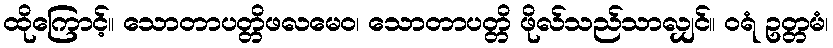
ထိုကြောင့်။ သောတာပတ္တိဖလမေဝ၊ သောတာပတ္တိ ဖိုလ်သည်သာလျှင်။ ဝရံ ဥတ္တမံ၊